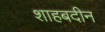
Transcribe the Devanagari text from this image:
शाहबदीन